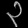
Digit: ၃